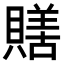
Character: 𧷶